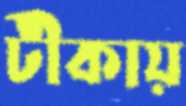
টীকায়